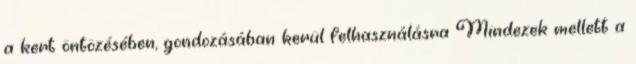
a kert öntözésében, gondozásában kerül felhasználásra Mindezek mellett a